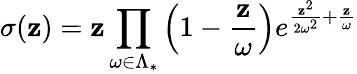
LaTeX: \sigma(\mathbf{z})=\mathbf{z}\prod_{\omega\in\Lambda_{*}}\left(1-{\frac{{\mathbf{z}}}{{\omega}}}\right)e^{{\frac{{\mathbf{z}^{2}}}{{2\omega^{2}}}}+{\frac{{\mathbf{z}}}{{\omega}}}}